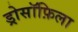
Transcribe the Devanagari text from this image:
ड्रोसॉफ़िला